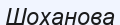
Шоханова